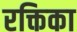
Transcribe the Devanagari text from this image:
रक्तिका